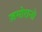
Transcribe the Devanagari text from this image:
ज़मोरानो